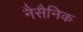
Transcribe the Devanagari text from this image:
नैसैनिक